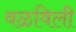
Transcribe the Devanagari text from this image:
वळविली